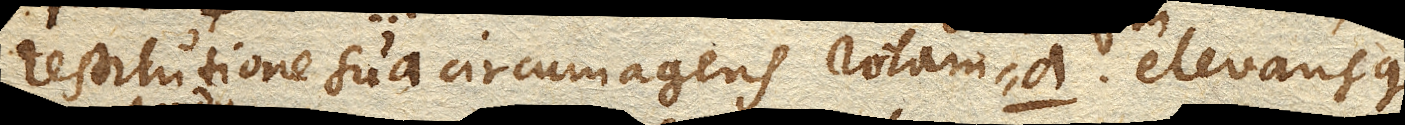
restitutione sua circumagens rotam a. elevansque